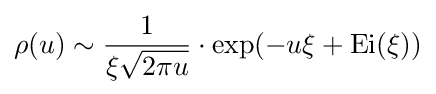
\rho (u)\sim {\frac {1}{\xi {\sqrt {2\pi u}}}}\cdot \exp(-u\xi +\operatorname {Ei} (\xi ))